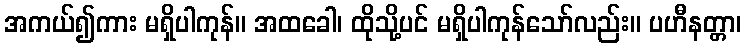
အကယ်၍ကား မရှိပါကုန်။ အထခေါ၊ ထိုသို့ပင် မရှိပါကုန်သော်လည်း။ ပဟီနတ္တာ၊